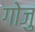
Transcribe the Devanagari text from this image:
गोजु